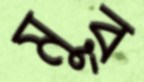
মুর্